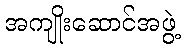
အကျိုးဆောင်အဖွဲ့